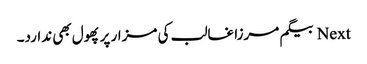
Next بیگم مرزا غالب کی مزار پر پھول بھی ندارد۔